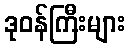
ဒုဝန်ကြီးများ